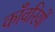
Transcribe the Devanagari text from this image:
काँवरियों